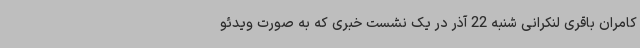
کامران باقری لنکرانی شنبه 22 آذر در یک نشست خبری که به صورت ویدئو